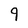
Character: 9